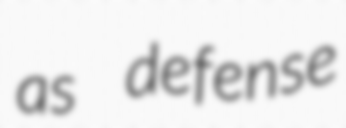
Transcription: as defense